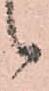
候